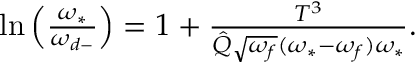
\begin{array} { r } { \ln \left( \frac { \omega _ { * } } { \omega _ { d - } } \right) = 1 + \frac { T ^ { 3 } } { \hat { Q } \sqrt { \omega _ { f } } ( \omega _ { * } - \omega _ { f } ) \omega _ { * } } . } \end{array}